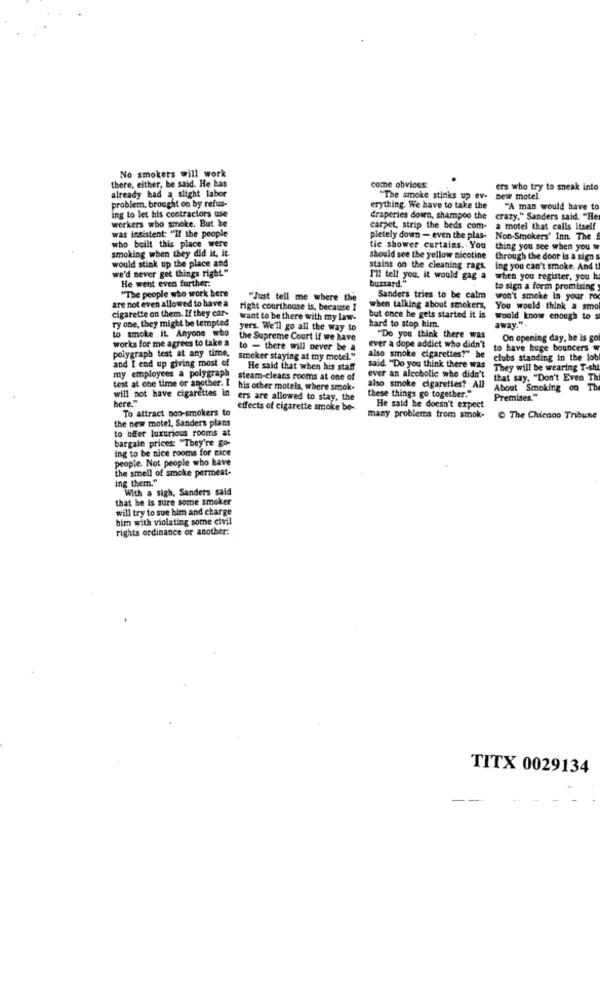
No smokers will work
there, either, he said. He has
already had a slight labor
come obvious
ers who try to sneak into
problem, brought on by refus-
"The smoke stinks up ev-
new motel.
erything. We have to take the
"A man would have to
ing to let his contractors use
workers who smoke. But he
draperies down, shampoo the
crazy." Sanders said. "He
was insistent: "If the people
carpet, strip the beds com.
motel that calls itself
who built this place were
pietely down - even the plas-
Non-Smokers' Inn. The
smoking when they did it, it
tie shower curtains. You
thing you see when you w
would stink up the place and
should see the yellow nicotine
through the door is a sign s
we'd never get things right."
stains on the cleaning rags.
ing you can't smoke. And t
He went even further.
buzzard."
I'll tell you. it would gag a
when you register, you h
"The people who work here
to sign a form promising
are not even allowed to have a
"Just tell me where the
Sanders tries to be calm
won't smoke in your ro
cigarette on them. If they car-
right courthouse is, because I
when talking about smokers, You would think a smo
ry one, they might be tempted
want to be there with my law-
but once he gets started it is
would know enough to s
yers. We'll go all the way to
hard to stop him.
away."+
to smoke it. Anyone who
works for me agrees to take a
the Supreme Court if we have
"Do you think there was
On opening day, he is go
polygraph test at any time,
to - there will never be a
ever a dope addict who didn't
to have huge bouncers w
and I end up giving most of
Smoker staying at my motel."
also smoke cigarettes?" he
clubs standing in the lob
He said that when his staff
said "Do you think there was
They will be wearing T-shi
my employees a polygraph
steam-cleans rooms at one of
ever an alcoholic who didn't
that say. "Don't Even Th
test at one time or another. I his other motels, where smok.
also smoke cigarettes? All
About Smoking o0 Th
will not have cigarettes in ers are allowed to stay, the
here
these things go together."
Premises."
To attract non-smokers to
effects of cigarette smoke be-
He said he doesn't expect
the new motel, Sanders plans
many problems from stok. @ The Chicago Tribune
to offer luxurious rooms at
bargain prices: "They're go-
ing to be nice rooms for nice
people. Not people who have
the smell of smoke permeat-
ing them."
With a sigh, Sanders said
that he is sure some smoker
will try to sue him and charge
him with violating some etvil
rights ordinance or another:
TITX 0029134
--